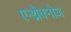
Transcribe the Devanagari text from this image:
एन्थ्रेक्नोज